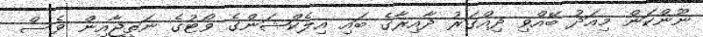
ނޫންކަން މިއަދު ބޭއްވި ދިއްގަރު ދާއިރާގެ ބައި އިލެކްޝަންގެ ވޯޓުގެ ނަތީޖާއިން ވެސް